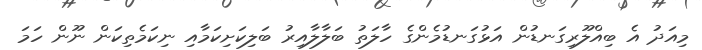
މިއަދު އެ ބިއްލޫރިގަނޑުން އަޅުގަނޑުމެންގެ ހާލަތު ބަލާލާއިރު ބަލިކަށިކަމާއި ނިކަމެތިކަން ނޫން ހަމަ